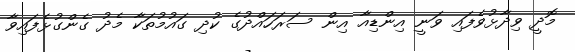
މޮދީ ވިދާޅުވެފައި ވަނީ އިންޑިއާ އިން ސަރަހައްދުގެ ކުދި ގައުމުތަކާ މެދު ގެންގުޅެފައިވާ